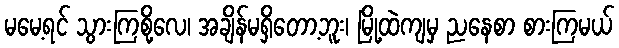
မမေ့ရင် သွားကြစို့လေ၊ အချိန်မရှိတော့ဘူး၊ မြို့ထဲကျမှ ညနေစာ စားကြမယ်